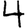
Digit: 4